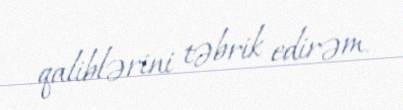
qaliblərini təbrik edirəm.